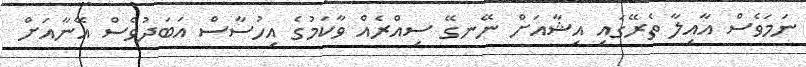
ނަމަވެސް އާއިލާ ތެރޭގައި އިޝާއަށް ނޭނގޭ ސިއްރެއް ވާކަމުގެ އިހުސާސް އަބަދުވެސް އޭނާއަށް